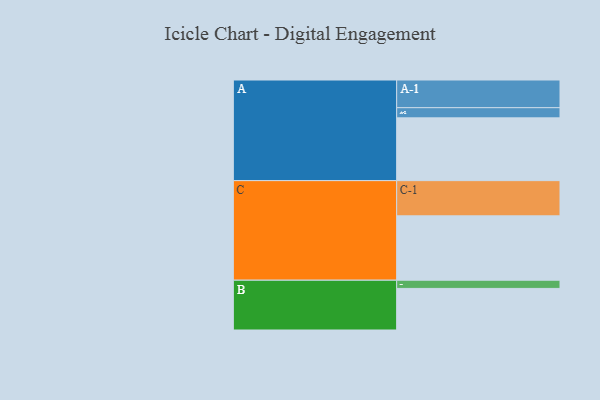
{"axis": {"x": "Segment", "y": "Value"}, "legend": ["", "A", "B", "C"], "data": [{"x": "A", "y": 474, "type": ""}, {"x": "B", "y": 314, "type": ""}, {"x": "C", "y": 486, "type": ""}, {"x": "A-1", "y": 209, "type": "A"}, {"x": "A-2", "y": 77, "type": "A"}, {"x": "B-1", "y": 62, "type": "B"}, {"x": "C-1", "y": 266, "type": "C"}]}